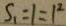
S _ { 1 } = 1 = 1 ^ { 2 }